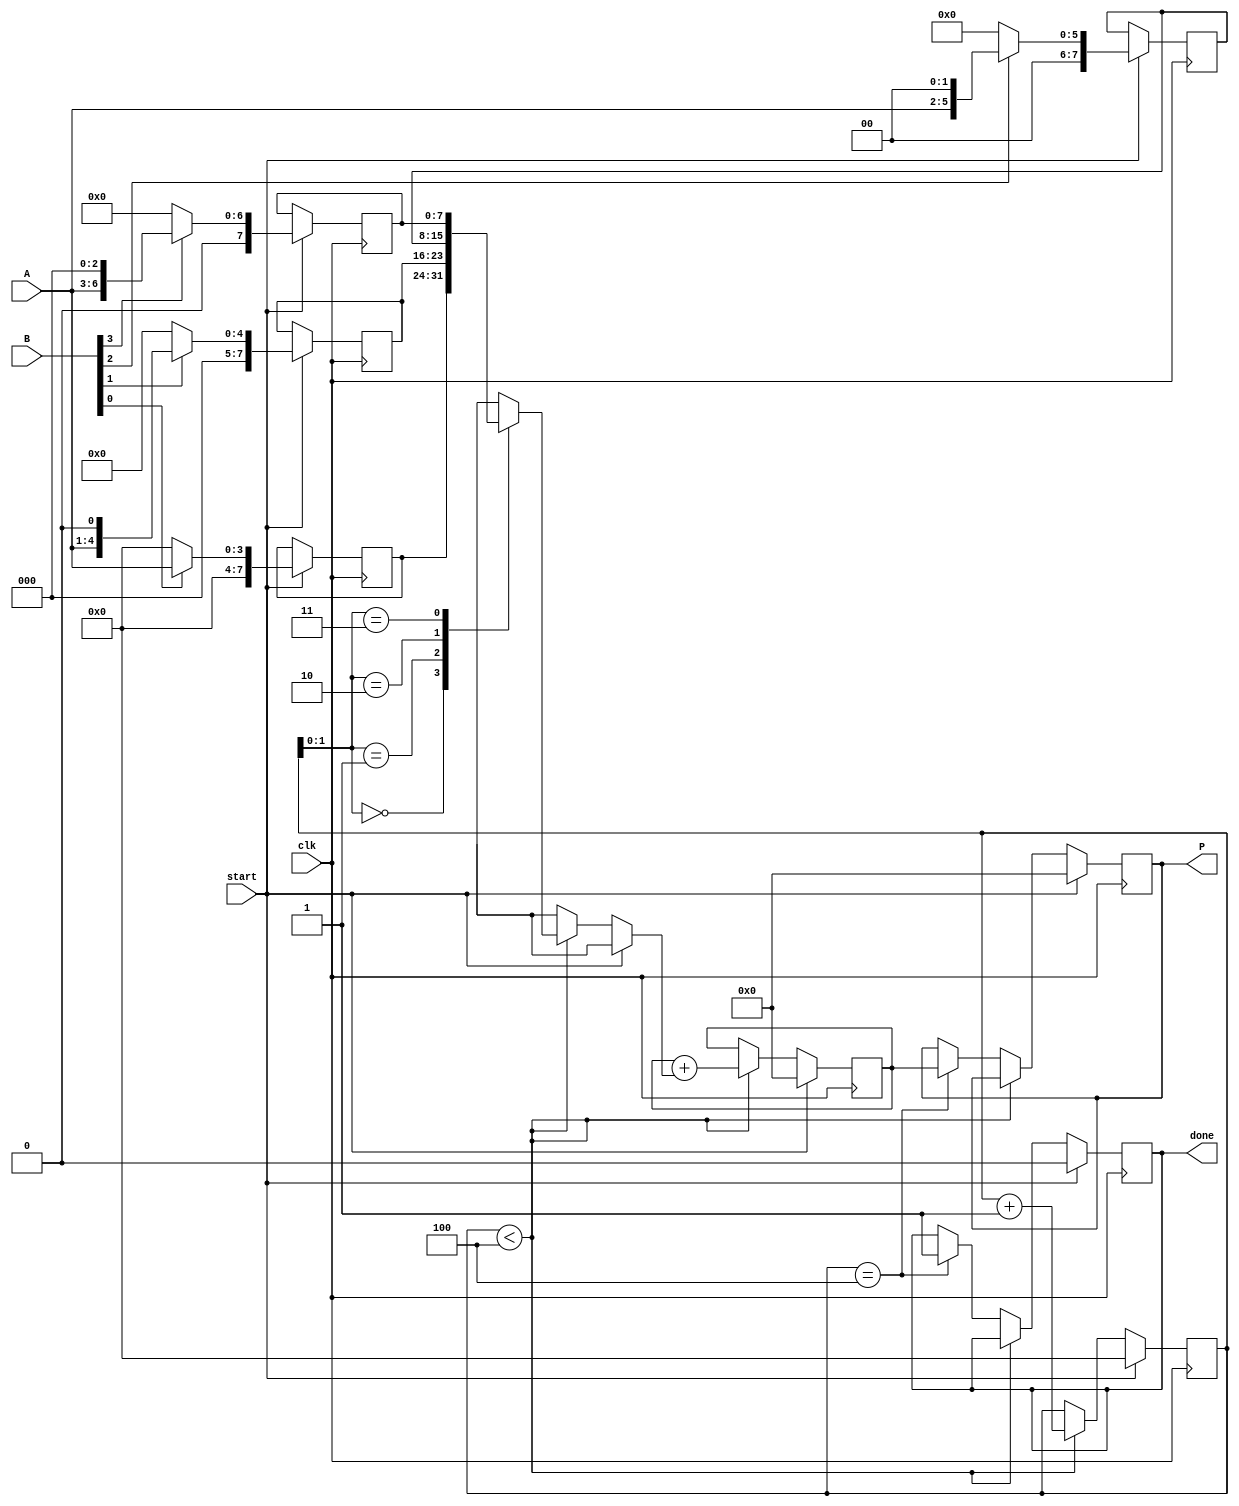
module vedic_multiplier #(parameter N = 4) (
    input  wire [N-1:0] A,      // N-bit multiplicand
    input  wire [N-1:0] B,      // N-bit multiplier
    input  wire clk,             // Clock signal
    input  wire start,           // Start signal for multiplication
    output reg [2*N-1:0] P,      // (2N)-bit product
    output reg done              // Done signal
);

    reg [2*N-1:0] partial_products [0:N-1]; // Array to hold partial products
    reg [N-1:0] temp_A;                     // Temporary variable for A
    reg [N-1:0] temp_B;                     // Temporary variable for B
    reg [N-1:0] count;                      // Counter for bits processed
    reg [2*N-1:0] sum;                      // Sum of partial products
    reg [N-1:0] i;                          // Loop index

    // Generate partial products based on the multiplier B
    always @(posedge clk) begin
        if (start) begin
            // Initialize
            P <= 0;
            done <= 0;
            count <= 0;
            sum <= 0;

            // Generate partial products
            for (i = 0; i < N; i = i + 1) begin
                if (B[i] == 1'b1) begin
                    partial_products[i] <= A << i; // Shift A by i positions
                end else begin
                    partial_products[i] <= 0; // Zero if B[i] is 0
                end
            end
        end else if (count < N) begin
            // Accumulate partial products
            sum <= sum + partial_products[count];
            count <= count + 1;
        end else if (count == N) begin
            // Finalize product
            P <= sum;
            done <= 1; // Indicate multiplication is done
        end
    end

endmodule